Annual report of the Punjab Veterinary College and of the Civil Veterinary Department, Punjab - 1909-1919
Year: 1909
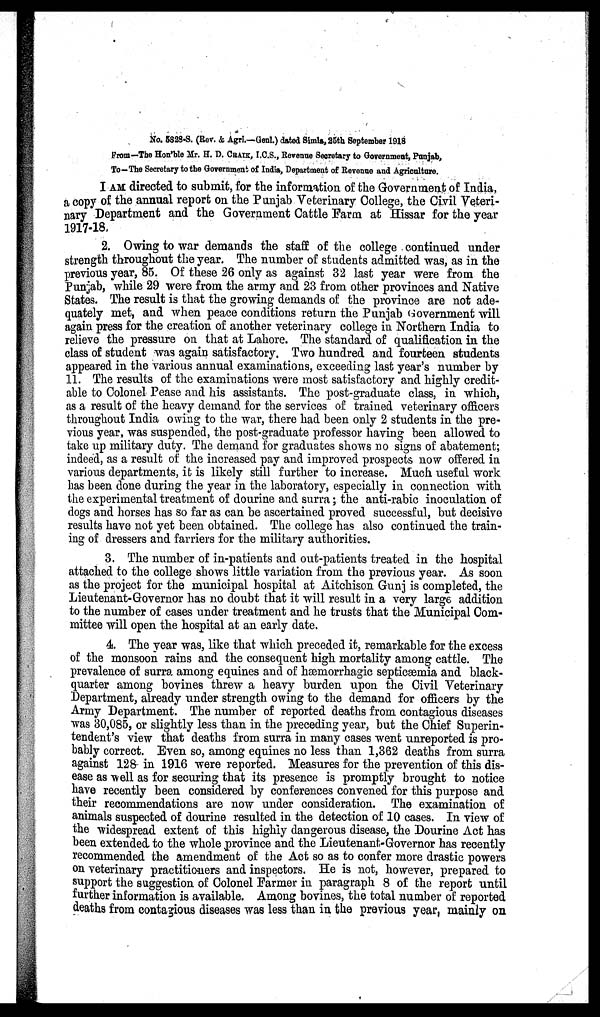
No. 5828-S. (Rev. & Agri.—Genl.) dated Simla, 25th September 1918
From—The Hon'ble Mr. H. D. CRAIK, I.C.S., Revenue Secretary to Government, Punjab,
To—The Secretary to the Government of India, Department of Revenue and Agriculture.
I AM directed to submit, for the information of the Government of India,
a copy of the annual report on the Punjab Veterinary College, the Civil Veteri-
nary Department and the Government Cattle Farm at Hissar for the year
1917-18.
2. Owing to war demands the staff of the college continued under
strength throughout the year. The number of students admitted was, as in the
previous year, 85. Of these 26 only as against 32 last year were from the
Punjab, while 29 were from the army and 23 from other provinces and Native
States. The result is that the growing demands of the province are not ade-
quately met, and when peace conditions return the Punjab Government will
again press for the creation of another veterinary college in Northern India to
relieve the pressure on that at Lahore. The standard of qualification in the
class of student was again satisfactory. Two hundred and fourteen students
appeared in the various annual examinations, exceeding last year's number by
11. The results of the examinations were most satisfactory and highly credit-
able to Colonel Pease and his assistants. The post-graduate class, in which,
as a result of the heavy demand for the services of trained veterinary officers
throughout India owing to the war, there had been only 2 students in the pre-
vious year, was suspended, the post-graduate professor having been allowed to
take up military duty. The demand for graduates shows no signs of abatement;
indeed, as a result of the increased pay and improved prospects now offered in
various departments, it is likely still further to increase. Much useful work
has been done during the year in the laboratory, especially in connection with
the experimental treatment of dourine and surra; the anti-rabic inoculation of
dogs and horses has so far as can be ascertained proved successful, but decisive
results have not yet been obtained. The college has also continued the train-
ing of dressers and farriers for the military authorities.
3. The number of in-patients and out-patients treated in the hospital
attached to the college shows little variation from the previous year. As soon
as the project for the municipal hospital at Aitchison Gunj is completed, the
Lieutenant-Governor has no doubt that it will result in a very large addition
to the number of cases under treatment and he trusts that the Municipal Com-
mittee will open the hospital at an early date.
4. The year was, like that which preceded it, remarkable for the excess
of the monsoon rains and the consequent high mortality among cattle. The
prevalence of surra among equines and of hæmorrhagic septicæmia and black-
quarter among bovines threw a heavy burden upon the Civil Veterinary
Department, already under strength owing to the demand for officers by the
Army Department. The number of reported deaths from contagious diseases
was 30,085, or slightly less than in the preceding year, but the Chief Superin-
tendent's view that deaths from surra in many cases went unreported is pro-
bably correct. Even so, among equines no less than 1,362 deaths from surra
against 128 in 1916 were reported. Measures for the prevention of this dis-
ease as well as for securing that its presence is promptly brought to notice
have recently been considered by conferences convened for this purpose and
their recommendations are now under consideration. The examination of
animals suspected of dourine resulted in the detection of 10 cases. In view of
the widespread extent of this highly dangerous disease, the Dourine Act has
been extended to the whole province and the Lieutenant-Governor has recently
recommended the amendment of the Act so as to confer more drastic powers
on veterinary practitioners and inspectors. He is not, however, prepared to
support the suggestion of Colonel Farmer in paragraph 8 of the report until
further information is available. Among bovines, the total number of reported
deaths from contagious diseases was less than in the previous year, mainly on